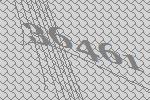
36461